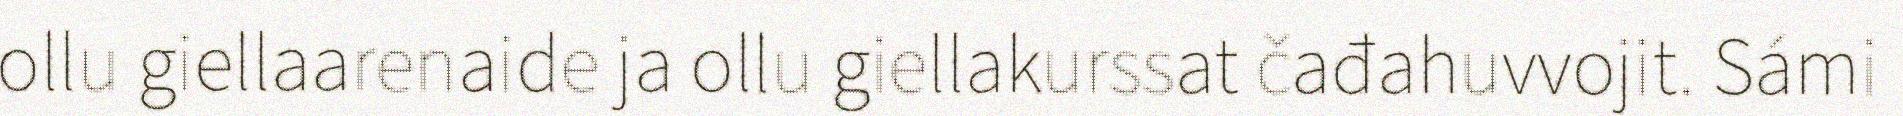
ollu giellaarenaide ja ollu giellakurssat čađahuvvojit. Sámi